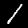
Digit: 1